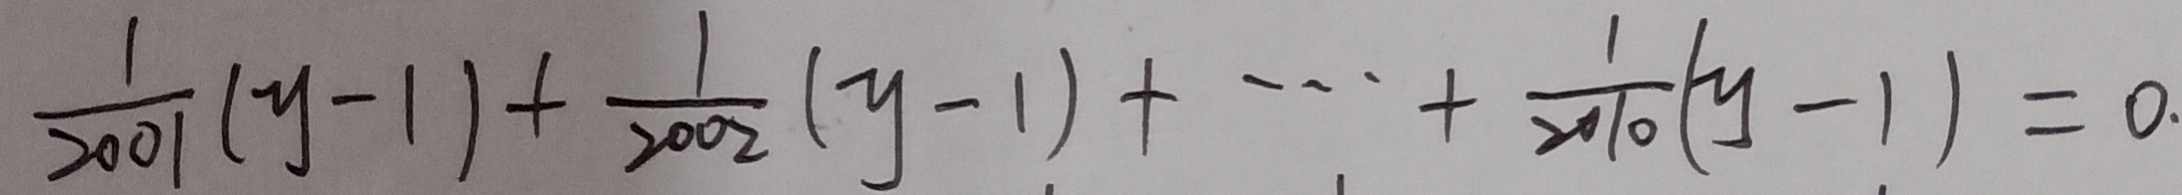
\frac { 1 } { 2 0 0 1 } ( y - 1 ) + \frac { 1 } { 2 0 0 2 } ( y - 1 ) + \cdots + \frac { 1 } { 2 0 1 0 } ( y - 1 ) = 0 .